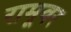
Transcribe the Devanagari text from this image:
रामूवर